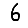
Digit: 6